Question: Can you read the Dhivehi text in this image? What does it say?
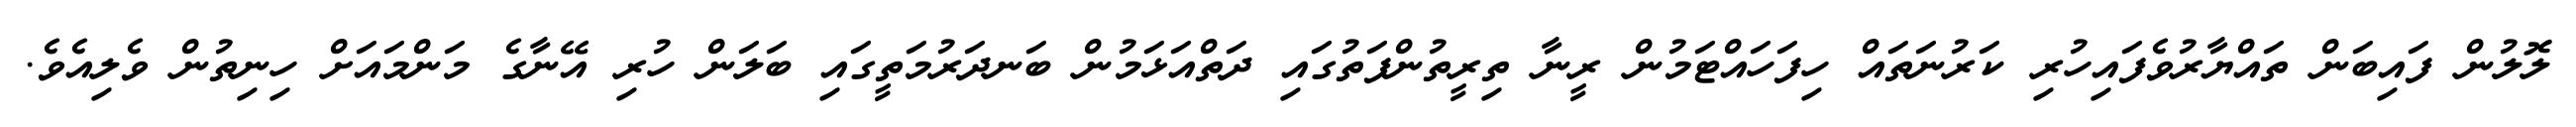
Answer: ލޮލުން ފައިބަން ތައްޔާރުވެފައިހުރި ކަރުނަތައް ހިފަހައްޓަމުން ރީނާ ތިރީތުންފަތުގައި ދަތްއަޅަމުން ބަނދަރުމަތީގައި ބަލަން ހުރި އޭނާގެ މަންމައަށް ހިނިތުން ވެލިއެވެ.